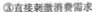
③直接刺激消费需求